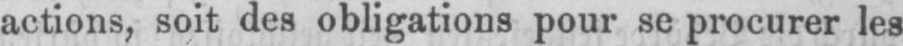
actions, soit des obligations pour se procurer les